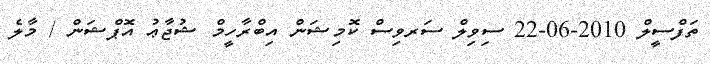
ތަފްސީލް 2010-06-22 ސިވިލް ސަރވިސް ކޮމިޝަން އިބްރާހީމް ޝުޖާޢު އޮޕްޝަން / މާލެ